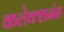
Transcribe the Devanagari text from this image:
कलेक्शनंस